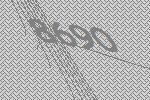
8690